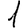
Digit: 1